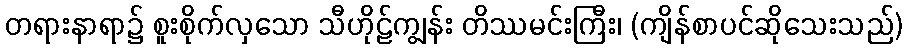
တရားနာရာ၌ စူးစိုက်လှသော သီဟိုဠ်ကျွန်း တိဿမင်းကြီး၊ (ကျိန်စာပင်ဆိုသေးသည်)